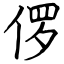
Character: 㑩